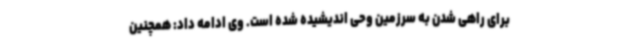
برای راهی شدن به سرزمین وحی اندیشیده شده است. وی ادامه داد: همچنین